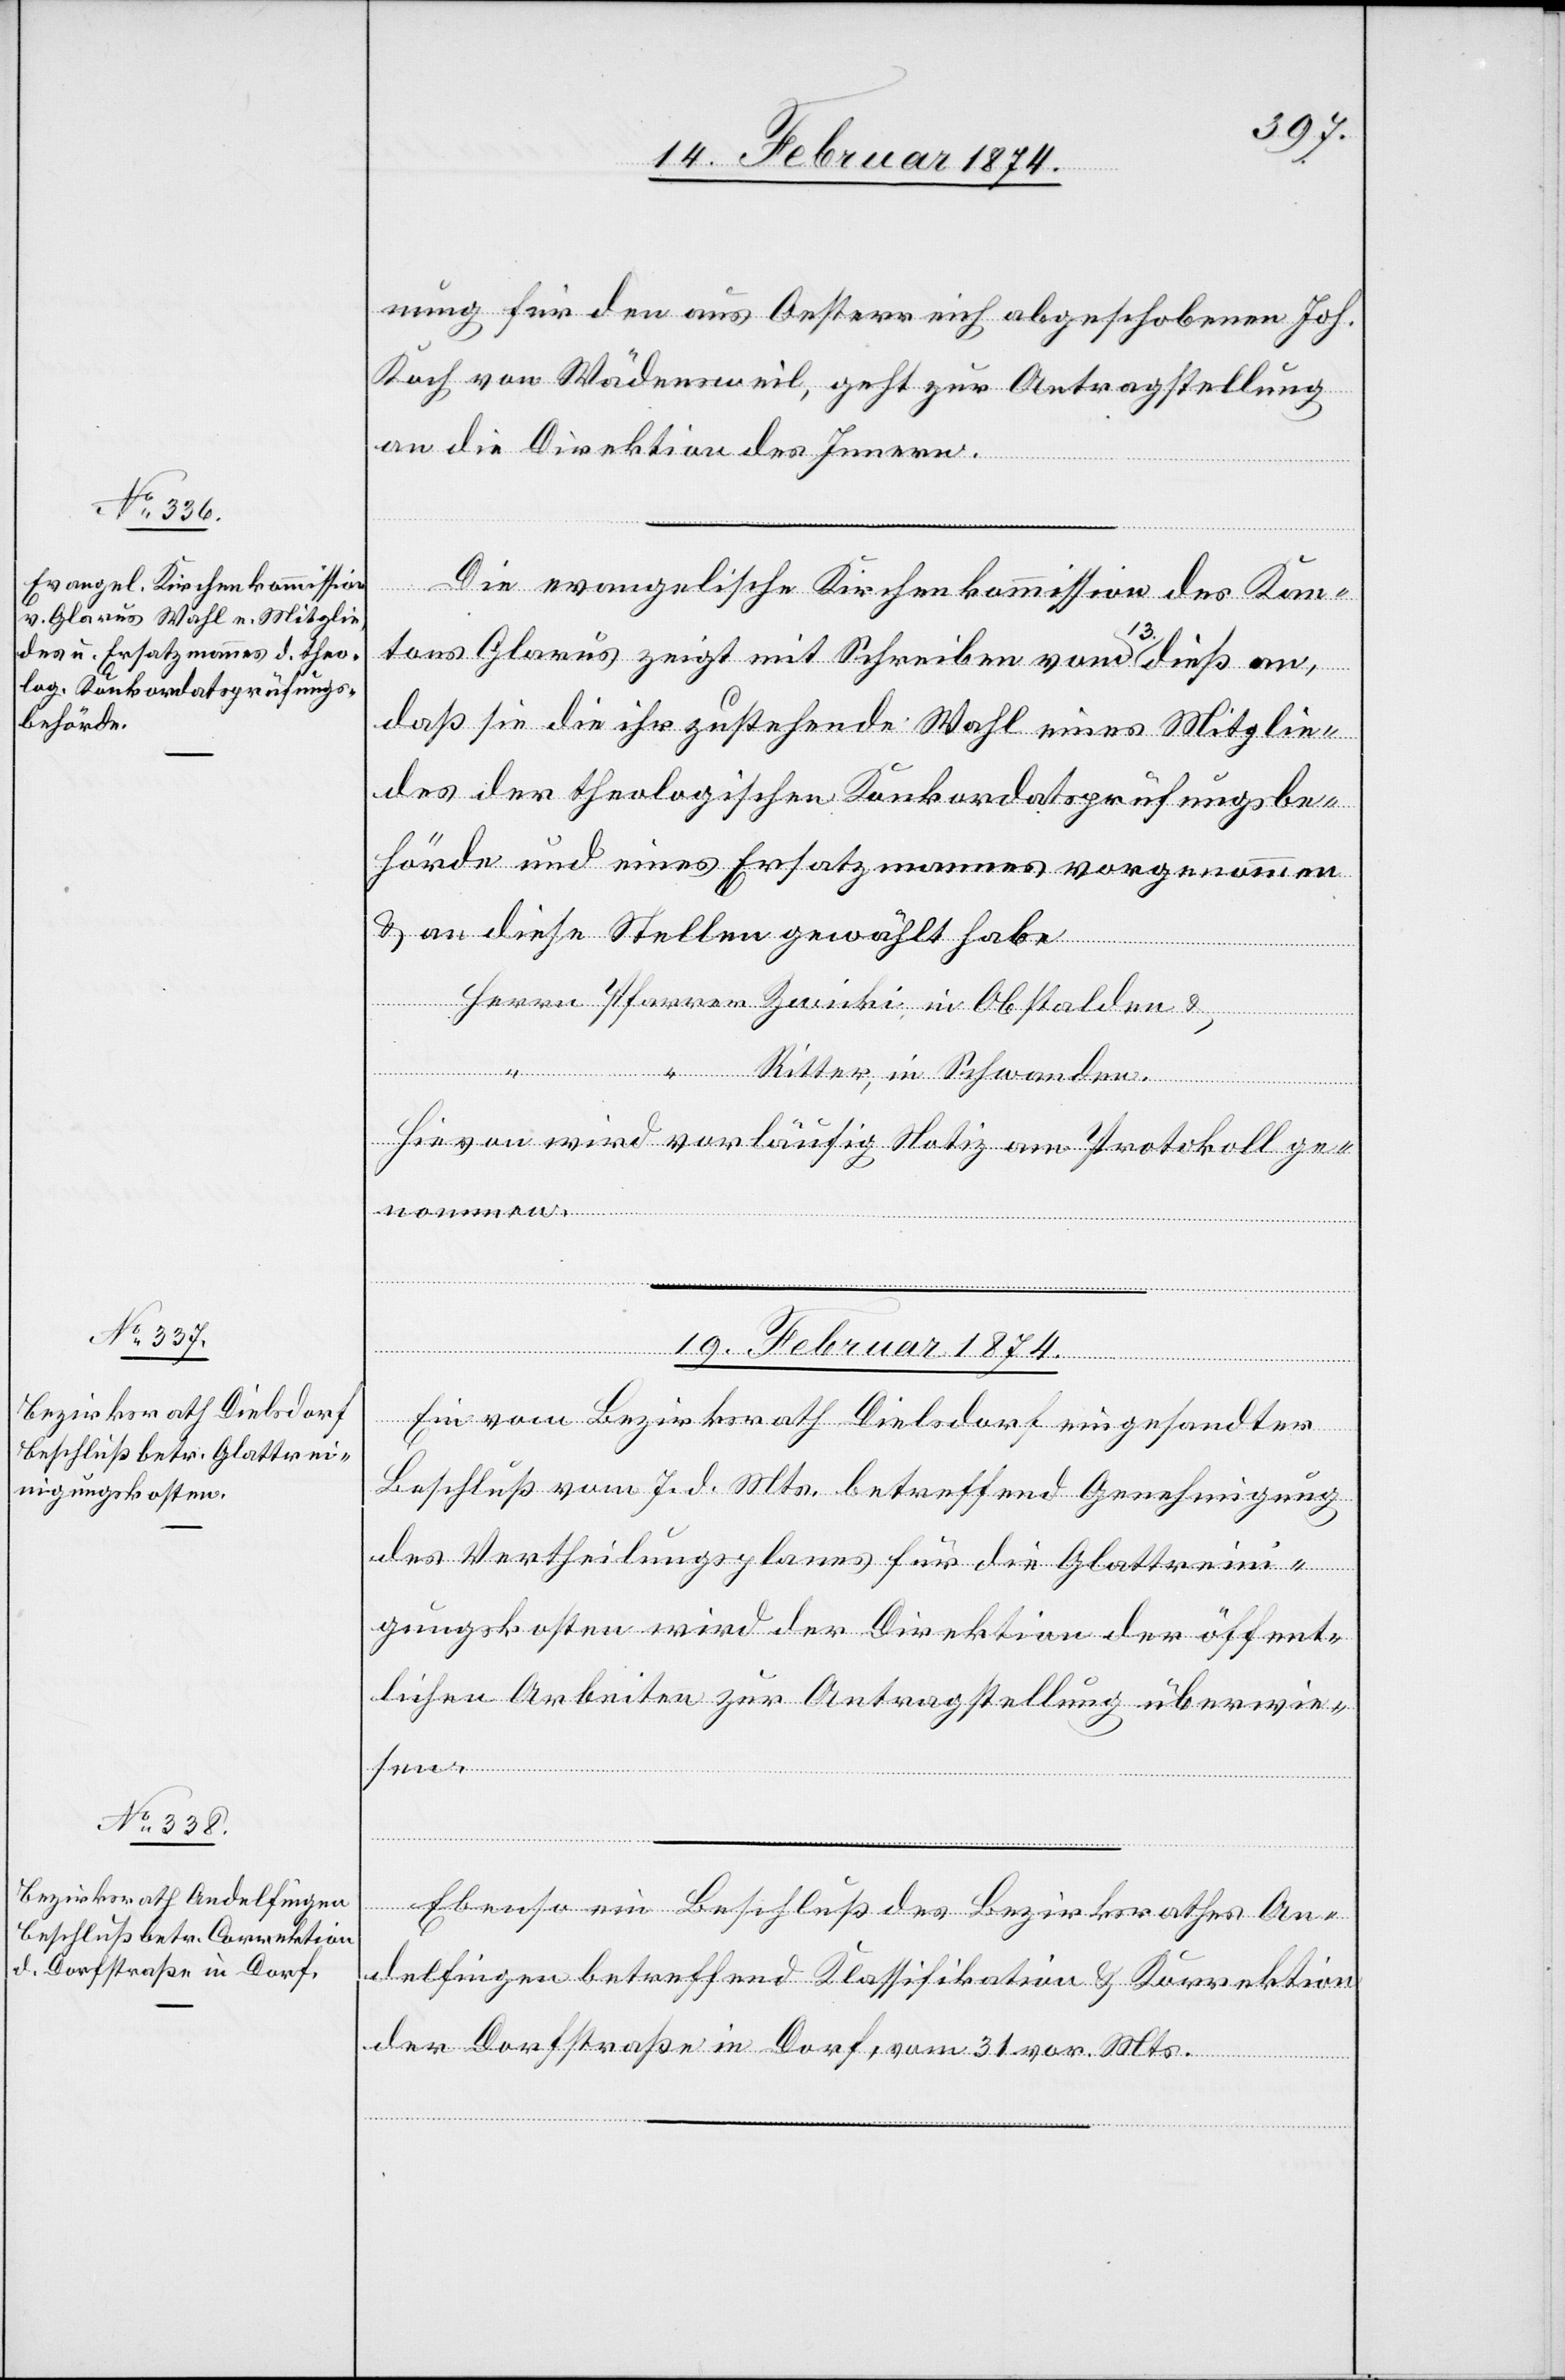
19. Februar 1874.]
nung für den aus Oesterreich abgeschobenen Joh.
Koch von Wädensweil, geht zur Antragstellung
an die Direktion des Innern.
[Forts¬
dial-Ver¬
Die evangelische Kirchenkommission des Kan¬
tons Glarus zeigt mit Schreiben vom 13. dieß an,
daß sie die ihr zustehende Wahl eines Mitglie¬
des der theologischen Konkordatsprüfungsbe¬
hörde und eines Ersatzmannes vorgenommen
u. an diese Stelle gewählt habe
nom¬
Herrn Pfarrer Zwicki in Obstalden u.
fügungen
“ Ritter, in Schwanden.
Hievon wird vorläufig Notiz am Protokoll ge¬
ügungen]
Ein vom Bezirksrath Dielsdorf eingesandter
Beschluß vom 7. d. Mts. betreffend Genehmigung
des Vertheilungsplanes für die Glattreini¬
gungskosten wird der Direktion der öffent¬
lichen Arbeiten zur Antragstellung überwie¬
von
Ebenso ein Beschluß des Bezirksrathes An¬
delfingen betreffend Klassifikation u. Korrektion
der Dorfstraße in Dorf, vom 31. vor. Mts.